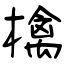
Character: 檎